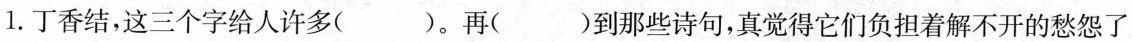
1.丁香结,这三个字给人许多()。再()到那些诗句,真觉得它们负担着解不开的愁怨了。